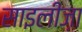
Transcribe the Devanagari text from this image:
साइलीज़ा